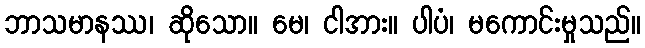
ဘာသမာနဿ၊ ဆိုသော။ မေ၊ ငါအား။ ပါပံ၊ မကောင်းမှုသည်။